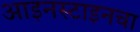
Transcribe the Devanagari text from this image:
आइनस्टाइनचा